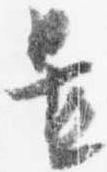
置